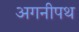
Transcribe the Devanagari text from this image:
अगनीपथ